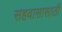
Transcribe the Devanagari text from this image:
सहवासासाठी